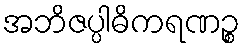
အဘိဇပ္ပါဓိကရဏဉ္စ